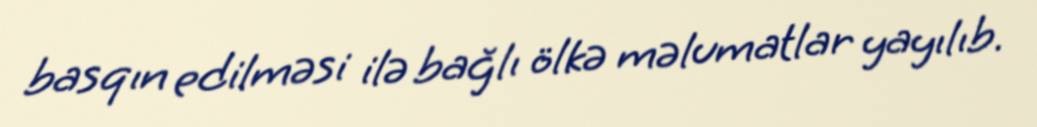
basqın edilməsi ilə bağlı ölkə məlumatlar yayılıb.